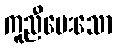
ကူညီပေးသော